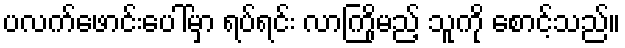
ပလက်ဖောင်းပေါ်မှာ ရပ်ရင်း လာကြိုမည့် သူကို စောင့်သည်။